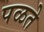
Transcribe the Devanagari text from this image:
पळते